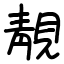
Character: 靚